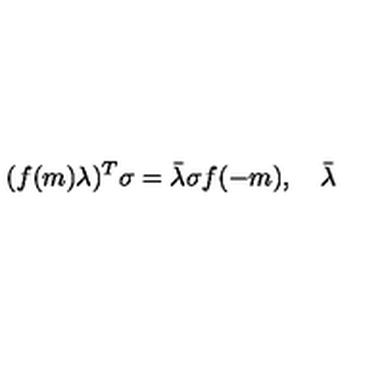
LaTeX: ( f ( m ) \lambda ) ^ { T } \sigma = \bar { \lambda } \sigma f ( - m ) , \quad \bar { \lambda }